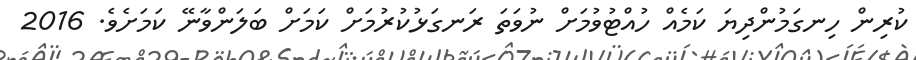
ކުރިން ހިނގަމުންދިޔަ ކަމެއް ހުއްޓުވުމަށް ނުވަތަ ރަނގަޅުކުރުމަށް ކަމަށް ބަލަންވާނޭ ކަމަށެވެ. 2016